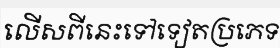
លើសពីនេះទៅទៀតប្រភេទ